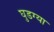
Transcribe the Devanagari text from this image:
घुडग्या